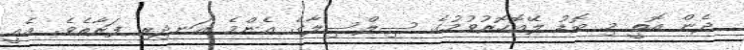
ދެން އޮތީ މި ބޮޑު ލޭއޮހޮރުވުމުގެ ސިލްސިލާގެ އެންމެ އަނދިރި ފަރާތެވެ. އެއީ